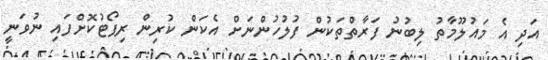
އަދި އެ މައުލޫމާތު ލިބުނު ފަރާތްތަކުން ފުލުހުންނަށް އެކަން ކުރިން ރިޕޯޓުކޮށްފައި ނުވަނީ